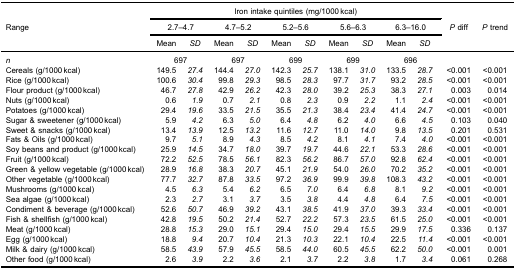
<table><thead><tr><td><b> </b></td><td colspan="10"><b>Iron intake quintiles (mg/1000 kcal)</b></td><td><b> </b></td><td><b> </b></td></tr><tr><td><b>Range</b></td><td colspan="2"><b>2.7–4.7</b></td><td colspan="2"><b>4.7–5.2</b></td><td colspan="2"><b>5.2–5.6</b></td><td colspan="2"><b>5.6–6.3</b></td><td colspan="2"><b>6.3–16.0</b></td><td><b><i>P</i> diff</b></td><td><b><i>P</i> trend</b></td></tr><tr><td><b> </b></td><td><b>Mean</b></td><td><b><i>SD</i></b></td><td><b>Mean</b></td><td><b><i>SD</i></b></td><td><b>Mean</b></td><td><b><i>SD</i></b></td><td><b>Mean</b></td><td><b><i>SD</i></b></td><td><b>Mean</b></td><td><b><i>SD</i></b></td><td><b> </b></td><td><b> </b></td></tr></thead><tbody><tr><td><i>n</i></td><td colspan="2">697</td><td colspan="2">697</td><td colspan="2">699</td><td colspan="2">699</td><td colspan="2">696</td><td> </td><td> </td></tr><tr><td>Cereals (g/1000 kcal)</td><td>149.5</td><td><i>27.4</i></td><td>144.4</td><td><i>27.0</i></td><td>142.3</td><td><i>25.7</i></td><td>138.1</td><td><i>31.0</i></td><td>133.5</td><td><i>28.7</i></td><td>&lt;0.001</td><td>&lt;0.001</td></tr><tr><td>Rice (g/1000 kcal)</td><td>100.6</td><td><i>30.4</i></td><td>99.8</td><td><i>29.3</i></td><td>98.5</td><td><i>28.3</i></td><td>97.7</td><td><i>31.7</i></td><td>93.2</td><td><i>28.5</i></td><td>&lt;0.001</td><td>&lt;0.001</td></tr><tr><td>Flour product (g/1000 kcal)</td><td>46.7</td><td><i>27.8</i></td><td>42.9</td><td><i>26.2</i></td><td>42.3</td><td><i>28.0</i></td><td>39.2</td><td><i>25.3</i></td><td>38.3</td><td><i>27.1</i></td><td>0.003</td><td>0.014</td></tr><tr><td>Nuts (g/1000 kcal)</td><td>0.6</td><td><i>1.9</i></td><td>0.7</td><td><i>2.1</i></td><td>0.8</td><td><i>2.3</i></td><td>0.9</td><td><i>2.2</i></td><td>1.1</td><td><i>2.4</i></td><td>&lt;0.001</td><td>&lt;0.001</td></tr><tr><td>Potatoes (g/1000 kcal)</td><td>29.4</td><td><i>19.6</i></td><td>33.5</td><td><i>21.5</i></td><td>35.5</td><td><i>21.3</i></td><td>38.4</td><td><i>23.4</i></td><td>41.4</td><td><i>24.7</i></td><td>&lt;0.001</td><td>&lt;0.001</td></tr><tr><td>Sugar &amp; sweetener (g/1000 kcal)</td><td>5.9</td><td><i>4.2</i></td><td>6.3</td><td><i>5.0</i></td><td>6.4</td><td><i>4.8</i></td><td>6.2</td><td><i>4.0</i></td><td>6.6</td><td><i>4.5</i></td><td>0.103</td><td>0.040</td></tr><tr><td>Sweet &amp; snacks (g/1000 kcal)</td><td>13.4</td><td><i>13.9</i></td><td>12.5</td><td><i>13.2</i></td><td>11.6</td><td><i>12.7</i></td><td>11.0</td><td><i>14.0</i></td><td>9.8</td><td><i>13.5</i></td><td>0.201</td><td>0.531</td></tr><tr><td>Fats &amp; Oils (g/1000 kcal)</td><td>9.7</td><td><i>5.1</i></td><td>8.9</td><td><i>4.3</i></td><td>8.5</td><td><i>4.2</i></td><td>8.1</td><td><i>4.1</i></td><td>7.4</td><td><i>4.0</i></td><td>&lt;0.001</td><td>&lt;0.001</td></tr><tr><td>Soy beans and product (g/1000 kcal)</td><td>25.9</td><td><i>14.5</i></td><td>34.7</td><td><i>18.0</i></td><td>39.7</td><td><i>19.7</i></td><td>44.6</td><td><i>22.1</i></td><td>53.3</td><td><i>28.6</i></td><td>&lt;0.001</td><td>&lt;0.001</td></tr><tr><td>Fruit (g/1000 kcal)</td><td>72.2</td><td><i>52.5</i></td><td>78.5</td><td><i>56.1</i></td><td>82.3</td><td><i>56.2</i></td><td>86.7</td><td><i>57.0</i></td><td>92.8</td><td><i>62.4</i></td><td>&lt;0.001</td><td>&lt;0.001</td></tr><tr><td>Green &amp; yellow vegetable (g/1000 kcal)</td><td>28.9</td><td><i>16.8</i></td><td>38.3</td><td><i>20.7</i></td><td>45.1</td><td><i>21.9</i></td><td>54.0</td><td><i>26.0</i></td><td>70.2</td><td><i>35.2</i></td><td>&lt;0.001</td><td>&lt;0.001</td></tr><tr><td>Other vegetable (g/1000 kcal)</td><td>77.7</td><td><i>32.7</i></td><td>87.8</td><td><i>33.5</i></td><td>97.2</td><td><i>36.9</i></td><td>99.9</td><td><i>39.8</i></td><td>108.3</td><td><i>43.2</i></td><td>&lt;0.001</td><td>&lt;0.001</td></tr><tr><td>Mushrooms (g/1000 kcal)</td><td>4.5</td><td><i>6.3</i></td><td>5.4</td><td><i>6.2</i></td><td>6.5</td><td><i>7.0</i></td><td>6.4</td><td><i>6.8</i></td><td>8.1</td><td><i>9.2</i></td><td>&lt;0.001</td><td>&lt;0.001</td></tr><tr><td>Sea algae (g/1000 kcal)</td><td>2.3</td><td><i>2.7</i></td><td>3.1</td><td><i>3.7</i></td><td>3.5</td><td><i>3.8</i></td><td>4.4</td><td><i>4.8</i></td><td>6.4</td><td><i>7.5</i></td><td>&lt;0.001</td><td>&lt;0.001</td></tr><tr><td>Condiment &amp; beverage (g/1000 kcal)</td><td>52.6</td><td><i>50.7</i></td><td>46.9</td><td><i>39.2</i></td><td>43.1</td><td><i>38.5</i></td><td>41.9</td><td><i>37.0</i></td><td>39.3</td><td><i>33.4</i></td><td>&lt;0.001</td><td>&lt;0.001</td></tr><tr><td>Fish &amp; shellfish (g/1000 kcal)</td><td>42.8</td><td><i>19.5</i></td><td>50.2</td><td><i>21.4</i></td><td>52.7</td><td><i>22.2</i></td><td>57.3</td><td><i>23.5</i></td><td>61.5</td><td><i>25.0</i></td><td>&lt;0.001</td><td>&lt;0.001</td></tr><tr><td>Meat (g/1000 kcal)</td><td>28.8</td><td><i>15.3</i></td><td>29.0</td><td><i>15.1</i></td><td>29.4</td><td><i>15.0</i></td><td>29.4</td><td><i>15.5</i></td><td>29.9</td><td><i>17.5</i></td><td>0.336</td><td>0.137</td></tr><tr><td>Egg (g/1000 kcal)</td><td>18.8</td><td><i>9.4</i></td><td>20.7</td><td><i>10.4</i></td><td>21.3</td><td><i>10.3</i></td><td>22.1</td><td><i>10.4</i></td><td>22.5</td><td><i>11.4</i></td><td>&lt;0.001</td><td>&lt;0.001</td></tr><tr><td>Milk &amp; dairy (g/1000 kcal)</td><td>58.5</td><td><i>43.9</i></td><td>57.9</td><td><i>45.5</i></td><td>58.5</td><td><i>44.0</i></td><td>60.5</td><td><i>45.5</i></td><td>62.2</td><td><i>50.0</i></td><td>&lt;0.001</td><td>0.001</td></tr><tr><td>Other food (g/1000 kcal)</td><td>2.6</td><td><i>3.9</i></td><td>2.2</td><td><i>3.6</i></td><td>2.1</td><td><i>3.7</i></td><td>2.2</td><td><i>3.8</i></td><td>1.7</td><td><i>3.4</i></td><td>0.061</td><td>0.268</td></tr></tbody></table>